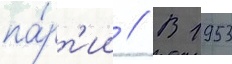
па́рт'ии // В 1953